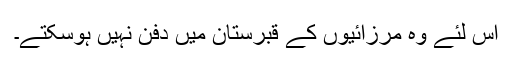
اس لئے وہ مرزائیوں کے قبرستان میں دفن نہیں ہوسکتے۔